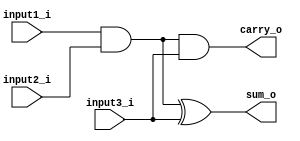
`timescale 1ns / 1ps
//////////////////////////////////////////////////////////////////////////////////
// Company: 
// Engineer: 
// 
// Design Name: 
// Module Name:    half_adder_cell 
// Project Name: 
// Target Devices: 
// Tool versions: 
// Description: 
//
// Dependencies: 
//
// Revision: 
// Revision 0.01 - File Created
// Additional Comments: 
//
//////////////////////////////////////////////////////////////////////////////////
module half_adder_cell(input1_i, input2_i,input3_i,sum_o,carry_o);
input input1_i;
input input2_i;
input input3_i;
output sum_o;
output carry_o;

wire partial_product_w;

assign partial_product_w = input1_i & input2_i;
assign sum_o = partial_product_w ^ input3_i;
assign carry_o = partial_product_w & input3_i;

endmodule